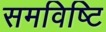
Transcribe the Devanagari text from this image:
समविष्टि